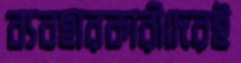
ব্যবহারকারীদেরই